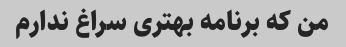
من که برنامه بهتری سراغ ندارم